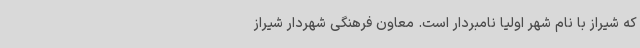
که شیراز با نام شهر اولیا نامبردار است. معاون فرهنگی شهردار شیراز